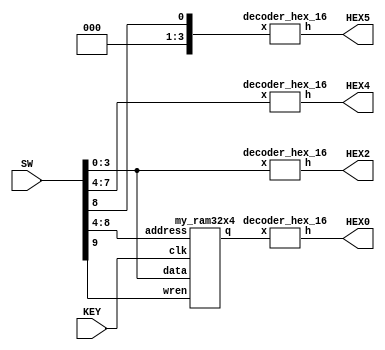
module my_ram32x4_board(
		input [9:0] SW,
		input [0:0] KEY,
		output [0:6] HEX0,HEX2,HEX4,HEX5);
	
	wire [3:0] h0;
	
	my_ram32x4 x0(SW[8:4],KEY[0],SW[3:0],SW[9],h0);
	
	decoder_hex_16 hex5({3'b000,SW[8]},HEX5);
	decoder_hex_16 hex4(SW[7:4],HEX4);
	decoder_hex_16 hex2(SW[3:0],HEX2);
	decoder_hex_16 hex0(h0,HEX0);
			
endmodule

module my_ram32x4(
	input [4:0] address,
	input clk,
	input [3:0] data,
	input wren,
	output reg [3:0] q);
	
	reg[3:0] memory_array[31:0];
	
	always @(posedge clk)
		begin
			if(wren)
				memory_array[address] = data;
				
			q = memory_array[address];
		end
	
endmodule

module decoder_hex_16(
							input [3:0] x,
							output reg [0:6] h);
		
		always @(*)
		casex(x)
			4'd0: h=7'b0000001;
			4'd1: h=7'b1001111;
			4'd2: h=7'b0010010;
			4'd3: h=7'b0000110;
			4'd4: h=7'b1001100;
			4'd5: h=7'b0100100;
			4'd6: h=7'b0100000;
			4'd7: h=7'b0001111;
			4'd8: h=7'b0000000;
			4'd9: h=7'b0000100;
			4'd10: h=7'b0001000;
			4'd11: h=7'b1100000;
			4'd12: h=7'b0110001;
			4'd13: h=7'b1000010;
			4'd14: h=7'b0110000;
			4'd15: h=7'b0111000;
			default: h=7'b1111111;
		endcase
		
endmodule